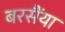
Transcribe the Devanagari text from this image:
बरसैंया